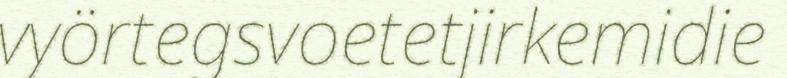
vyörtegsvoetetjirkemidie